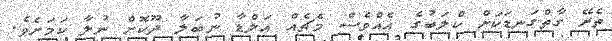
ތެރޭ ގާތްގަނޑަކަށް ކްލަބުގެ އެއްވެސް މެޗެއް އަލްޑާ ނުބަލާ ދޫކޮށް ނުލާ ކަމަށެވެ.